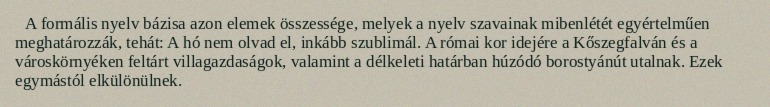
A formális nyelv bázisa azon elemek összessége, melyek a nyelv szavainak mibenlétét egyértelműen meghatározzák, tehát: A hó nem olvad el, inkább szublimál. A római kor idejére a Kőszegfalván és a városkörnyéken feltárt villagazdaságok, valamint a délkeleti határban húzódó borostyánút utalnak. Ezek egymástól elkülönülnek.